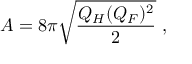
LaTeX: A = 8 \pi \sqrt { \frac { Q _ { H } ( Q _ { F } ) ^ { 2 } } { 2 } } \ ,